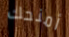
أمنحك